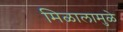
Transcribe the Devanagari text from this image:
मिळालामुळे